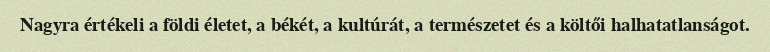
Nagyra értékeli a földi életet, a békét, a kultúrát, a természetet és a költői halhatatlanságot.